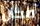
مكان